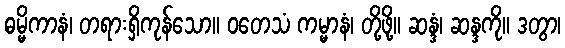
ဓမ္မိကာနံ၊ တရားရှိကုန်သော။ ဝတေသံ ကမ္မာနံ၊ တို့ဖို့။ ဆန္ဒံ၊ ဆန္ဒကို။ ဒတွာ၊